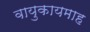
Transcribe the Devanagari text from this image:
वायुकायमाह